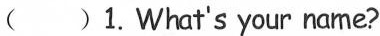
( )1.What's your name?